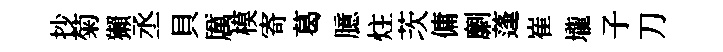
抄菊獺丞貝厲模寄葛臆炷茨傭劘蓬崔壠子刀